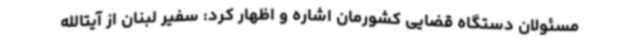
مسئولان دستگاه قضایی کشورمان اشاره و اظهار کرد: سفیر لبنان از آیتالله